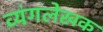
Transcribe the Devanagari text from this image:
व्यंगलेखक